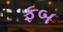
ફબ